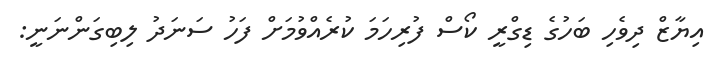
އިޔާޒް ދިވެހި ބަހުގެ ޑިގްރީ ކޯސް ފުރިހަމަ ކުރެއްވުމަށް ފަހު ސަނަދު ލިބިގަންނަނީ: